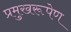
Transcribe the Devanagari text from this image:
प्रमुखरूपेण